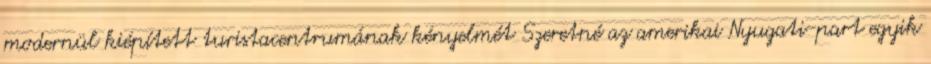
modernül kiépített turistacentrumának kényelmét Szeretné az amerikai Nyugati-part egyik